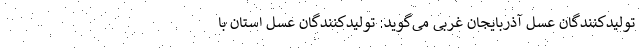
تولیدکنندگان عسل آذربایجان غربی می‌گوید: تولیدکنندگان عسل استان با